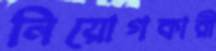
নিয়োগকারী